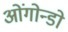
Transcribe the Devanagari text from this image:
ओंगोन्डो